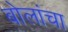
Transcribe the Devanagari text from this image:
बोलांचा